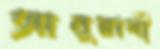
আনুরাগী